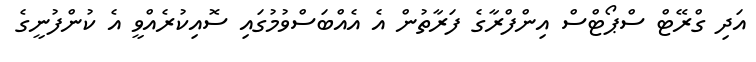
އަދި ގްރޭޓް ސްޕޯޓްސް އިންފްރާގެ ފަރާތުން އެ އެއްބަސްވުމުގައި ސޮއިކުރެއްވީ އެ ކުންފުނީގެ